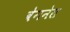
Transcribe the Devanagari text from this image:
वेगनेस